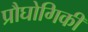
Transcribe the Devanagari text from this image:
प्रौघोगिकी